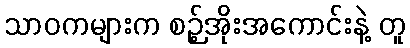
သာဝကများက စဉ့်အိုးအကောင်းနဲ့ တူ